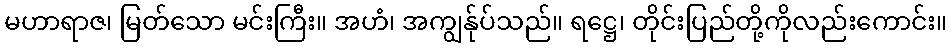
မဟာရာဇ၊ မြတ်သော မင်းကြီး။ အဟံ၊ အကျွန်ုပ်သည်။ ရဋ္ဌေ၊ တိုင်းပြည်တို့ကိုလည်းကောင်း။